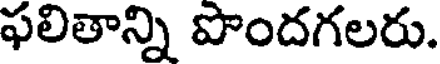
ఫలితాన్ని పొందగలరు.